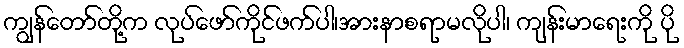
ကျွန်တော်တို့က လုပ်ဖော်ကိုင်ဖက်ပါ၊အားနာစရာမလိုပါ၊ ကျန်းမာရေးကို ပို